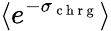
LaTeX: \langle e^{-\sigma_{\mathrm{~c~h~r~g~}}}\rangle